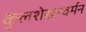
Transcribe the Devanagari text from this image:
कुलशेखरवर्मन